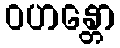
ဝဟန္တော